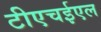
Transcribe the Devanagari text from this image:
टीएचईएल